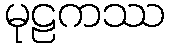
မုဠကဿ